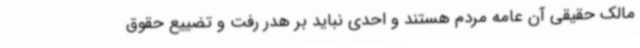
مالک حقیقی آن عامه مردم هستند و احدی نباید بر هدر رفت و تضییع حقوق